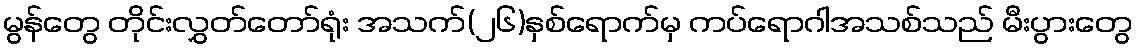
မွန်တွေ တိုင်းလွှတ်တော်ရုံး အသက်(၂၆)နှစ်ရောက်မှ ကပ်ရောဂါအသစ်သည် မီးပွားတွေ